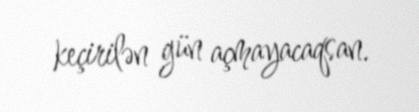
keçirilən gün açmayacaqsan.